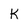
Character: k